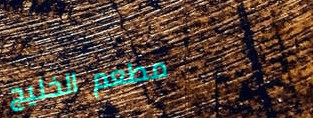
مطعم الخليج